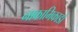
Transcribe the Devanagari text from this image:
नाकामिकाडो